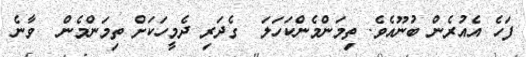
ފަހެ އެއުރެން ބުނޫއެވެ. ތިމަންމެންކަހަލަ  ގެދަރި ދެމީހަކަށް ތިމަންމެން  ވާނެ